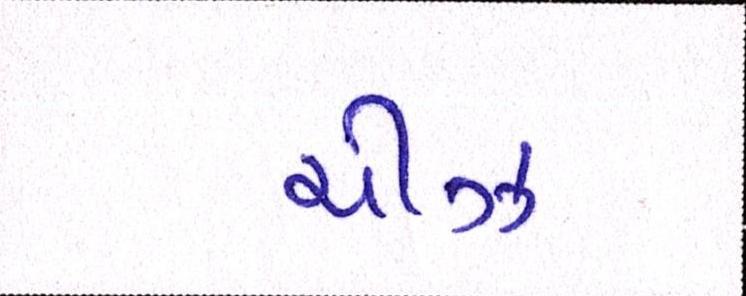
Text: ચીઝ